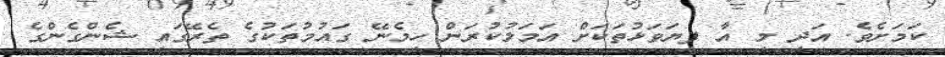
ކަމަށެވެ. އަދި މި އާ ފިޔަވަޅުތަކަށް އަމަލުކުރަން ހިމެނޭ ގައުމުތަކުގެ ތެރޭގައި ޝެންގެންގެ